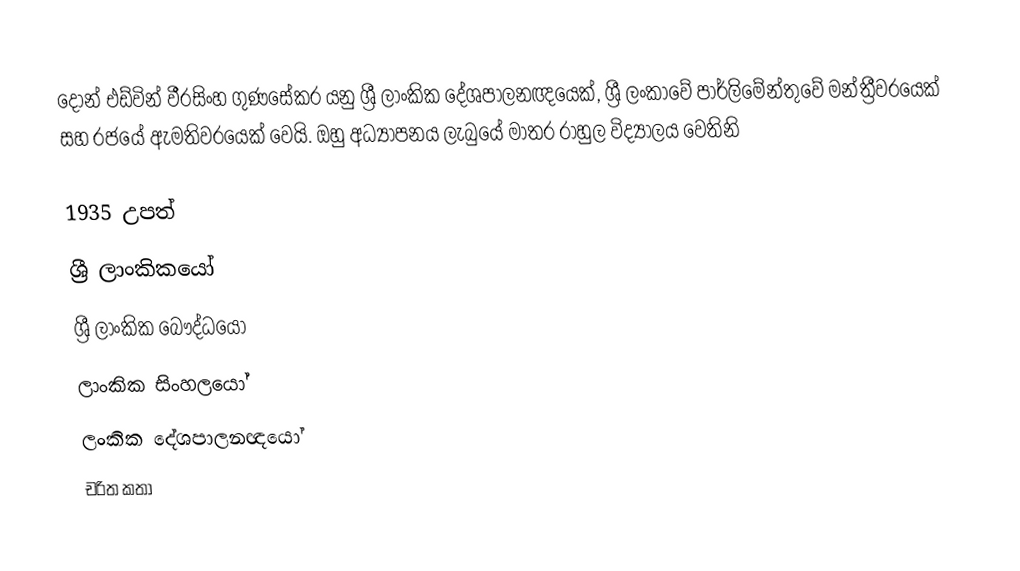
දොන් එඩ්වින් වීරසිංහ ගුණසේකර යනු ශ්‍රී ලාංකික දේශපාලනඥයෙක්, ශ්‍රී ලංකාවේ පාර්ලිමේන්තුවේ මන්ත්‍රීවරයෙක් සහ රජයේ ඇමතිවරයෙක් වෙයි. ඔහු අධ්‍යාපනය ලැබුයේ මාතර රාහුල විද්‍යාලය  වෙතිනි

1935 උපත්
ශ්‍රී ලාංකිකයෝ
ශ්‍රී ලාංකික බෞද්ධයෝ
ලාංකික සිංහලයෝ
ලංකික දේශපාලනඥයෝ
චරිත කතා